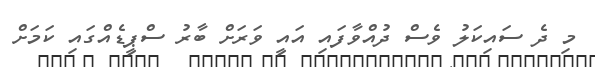
މި ދެ ސައިކަލު ވެސް ދުއްވާފައި އައީ ވަރަށް ބާރު ސްޕީޑެއްގައި ކަމަށް